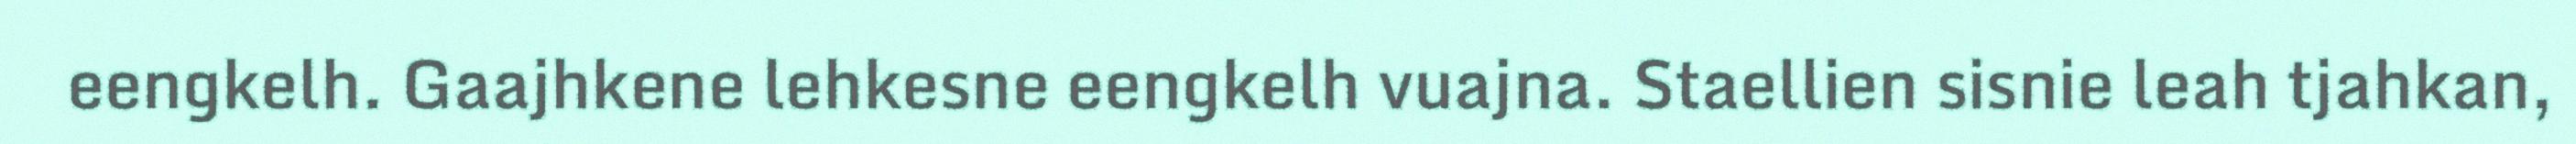
eengkelh. Gaajhkene lehkesne eengkelh vuajna. Staellien sisnie leah tjahkan,